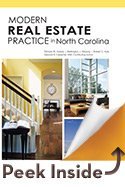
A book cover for Modern Real Estate Practice in North Carolina; Fillmore W. Galaty; Law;